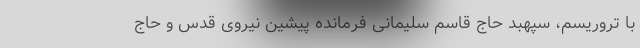
با تروریسم، سپهبد حاج قاسم سلیمانی فرمانده پیشین نیروی قدس و حاج